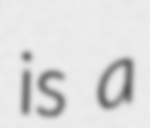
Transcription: is a